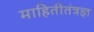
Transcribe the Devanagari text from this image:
माहितीतंत्रज्ञ